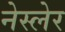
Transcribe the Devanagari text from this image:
नेस्लेर